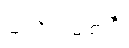
သလိလမ္ဗုစာရီ